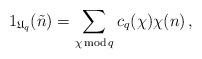
LaTeX: \begin{align*}{1}_{{\mathfrak U}_q}({\tilde n}) = \sum_{\chi\, {\rm mod}\, q} c_{q}(\chi) \chi(n) \, ,\end{align*}